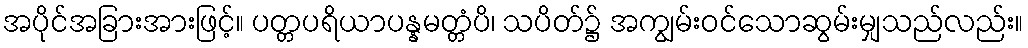
အပိုင်အခြားအားဖြင့်။ ပတ္တပရိယာပန္နမတ္တံပိ၊ သပိတ်၌ အကျွမ်းဝင်သောဆွမ်းမျှသည်လည်း။